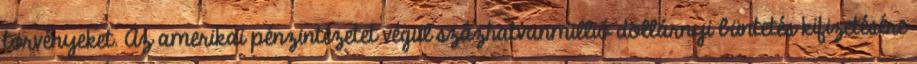
törvényeket. Az amerikai pénzintézetet végül százhatvanmillió dollárnyi büntetés kifizetésére